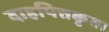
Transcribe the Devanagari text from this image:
दाहपित्तकृत।